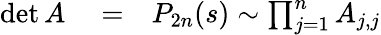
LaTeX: \begin{array}{rlr}{\operatorname*{det}A}&{{}=}&{P_{2n}(s)\sim\prod_{j=1}^{n}A_{j,j}}\end{array}